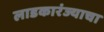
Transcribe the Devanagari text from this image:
लाडकारंज्याचा